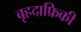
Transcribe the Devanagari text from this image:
बृहदाफ्रिकी